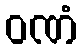
ဝဏံ